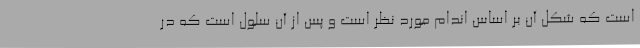
است که شکل آن بر اساس اندام مورد نظر است و پس از آن سلول است که در